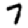
Digit: 7